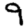
Digit: 9